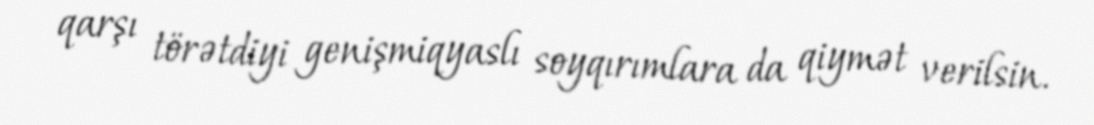
qarşı törətdiyi genişmiqyaslı soyqırımlara da qiymət verilsin.